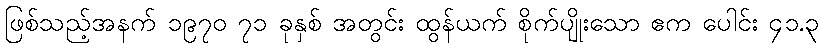
ဖြစ်သည့်အနက် ၁၉၇၀ ၇၁ ခုနှစ် အတွင်း ထွန်ယက် စိုက်ပျိုးသော ဧက ပေါင်း ၄၁.၃